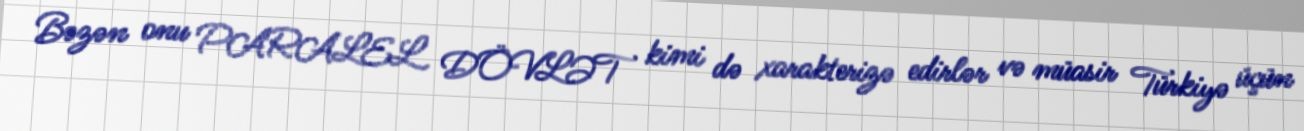
Bəzən onu PARALEL DÖVLƏT kimi də xarakterizə edirlər və müasir Türkiyə üçün